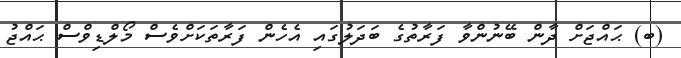
(ބ) ޙައްޖަށް ދާން ބޭނުންވާ ފަރާތުގެ ބަދަލުގައި އެހެން ފަރާތަކަށްވެސް މޯލްޑިވްސް ޙައްޖު